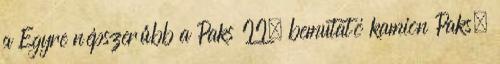
a Egyre népszerűbb a Paks II. bemutató kamion Paks,